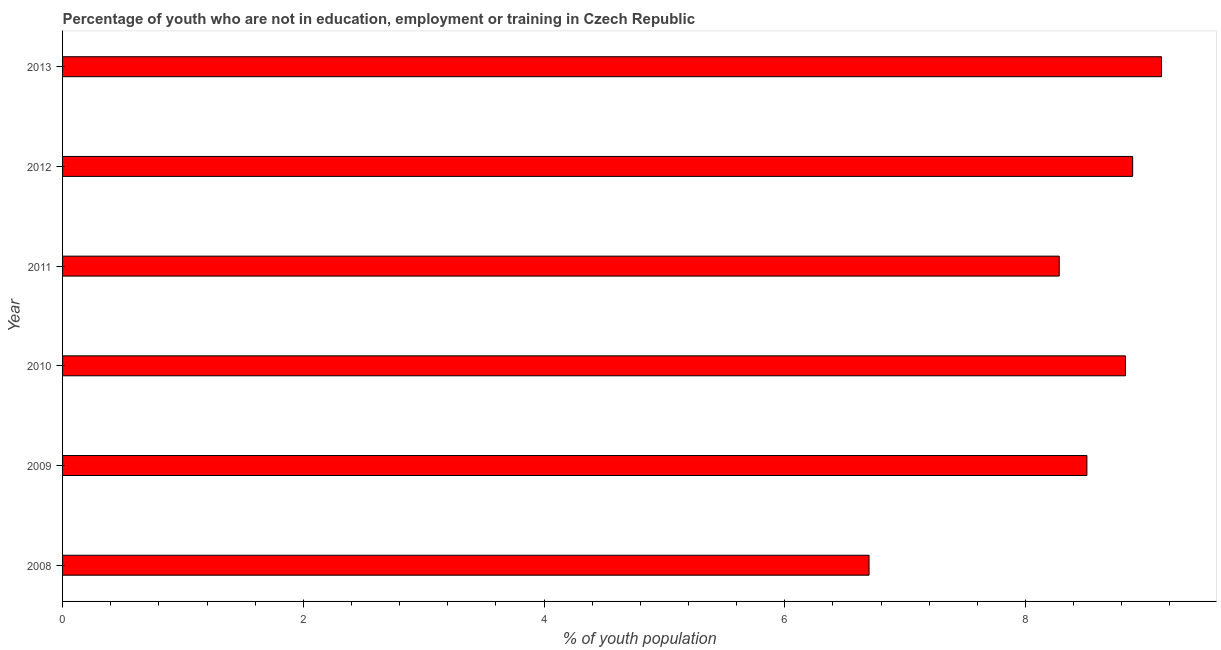
| Year | Unemployed youth |
 | --- | --- |
 | 2008 | 6.7 |
 | 2009 | 8.51 |
 | 2010 | 8.83 |
 | 2011 | 8.28 |
 | 2012 | 8.89 |
 | 2013 | 9.13 |